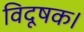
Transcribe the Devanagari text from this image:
विदूषक।